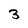
Character: 3